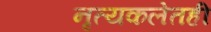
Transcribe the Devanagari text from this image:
नृत्यकलेतही